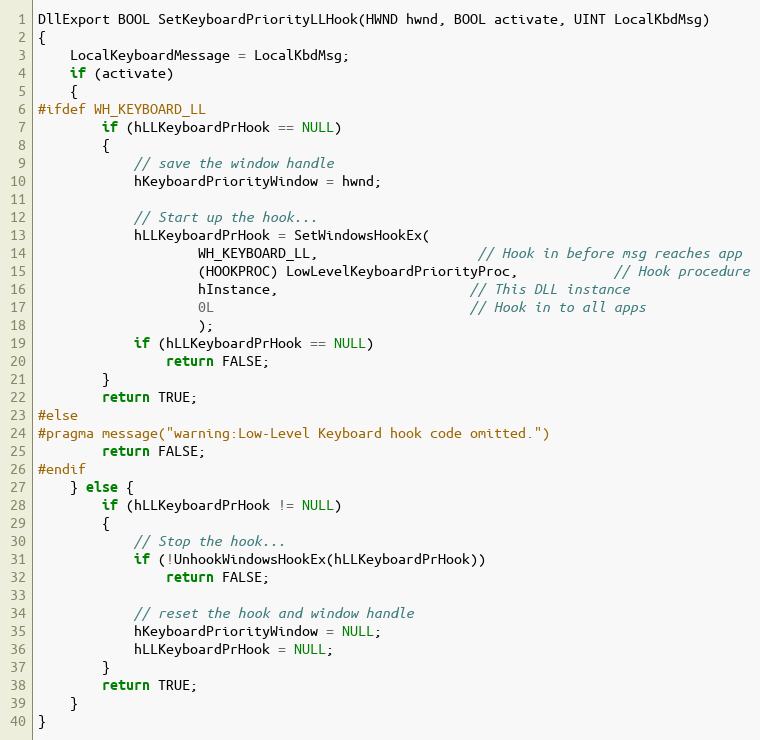
Language: C++
DllExport BOOL SetKeyboardPriorityLLHook(HWND hwnd, BOOL activate, UINT LocalKbdMsg)
{
	LocalKeyboardMessage = LocalKbdMsg;
	if (activate)
	{
#ifdef WH_KEYBOARD_LL
		if (hLLKeyboardPrHook == NULL)
		{
			// save the window handle
			hKeyboardPriorityWindow = hwnd;

			// Start up the hook...
			hLLKeyboardPrHook = SetWindowsHookEx(
					WH_KEYBOARD_LL,					// Hook in before msg reaches app
					(HOOKPROC) LowLevelKeyboardPriorityProc,			// Hook procedure
					hInstance,						// This DLL instance
					0L								// Hook in to all apps
					);
			if (hLLKeyboardPrHook == NULL)
				return FALSE;
		}
		return TRUE;
#else
#pragma message("warning:Low-Level Keyboard hook code omitted.")
		return FALSE;
#endif
	} else {
		if (hLLKeyboardPrHook != NULL)
		{
			// Stop the hook...
			if (!UnhookWindowsHookEx(hLLKeyboardPrHook))
				return FALSE;

			// reset the hook and window handle
			hKeyboardPriorityWindow = NULL;
			hLLKeyboardPrHook = NULL;
		}
		return TRUE;
	}
}